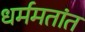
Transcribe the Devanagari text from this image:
धर्ममतांत